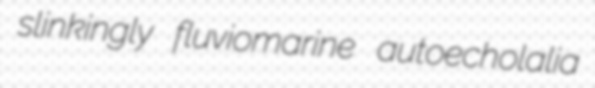
slinkingly fluviomarine autoecholalia